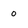
Character: 0